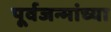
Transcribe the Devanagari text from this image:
पूर्वजन्मांच्या